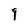
Character: 9